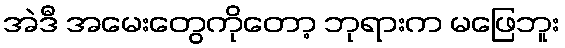
အဲဒီ အမေးတွေကိုတော့ ဘုရားက မဖြေဘူး